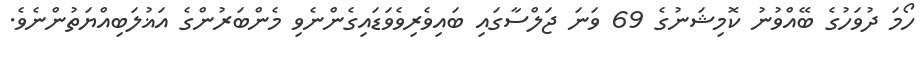
ހޯމަ ދުވަހުގެ ބޭއްވުނު ކޮމިޝަނުގެ 69 ވަނަ ޖަލްސާގައި ބައިވެރިވެވަޑައިގެންނެވި މެންބަރުންގެ އަޣުލަބިއްޔަތުންނެވެ.